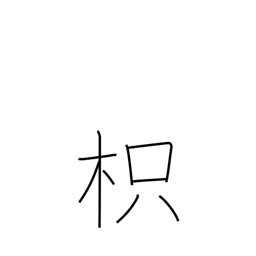
Meaning: trifoliate orange tree